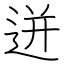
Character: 迸